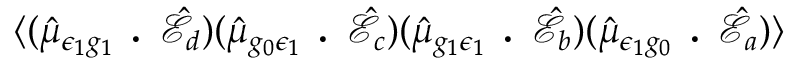
\langle ( \hat { \mu } _ { \epsilon _ { 1 } g _ { 1 } } \textbf { . } \hat { \mathcal { E } } _ { d } ) ( \hat { \mu } _ { g _ { 0 } \epsilon _ { 1 } } \textbf { . } \hat { \mathcal { E } } _ { c } ) ( \hat { \mu } _ { g _ { 1 } \epsilon _ { 1 } } \textbf { . } \hat { \mathcal { E } } _ { b } ) ( \hat { \mu } _ { \epsilon _ { 1 } g _ { 0 } } \textbf { . } \hat { \mathcal { E } } _ { a } ) \rangle